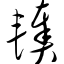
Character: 辏